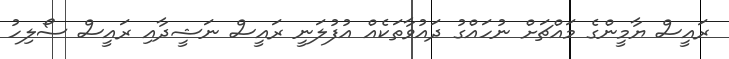
ރައީސް ޔާމީންގެ މައްޗަށް ނުހައްގު ދައުވާތަކެއް އުފުލަނީ ރައީސް ނަޝީދާއި ރައީސް ސޯލިހު